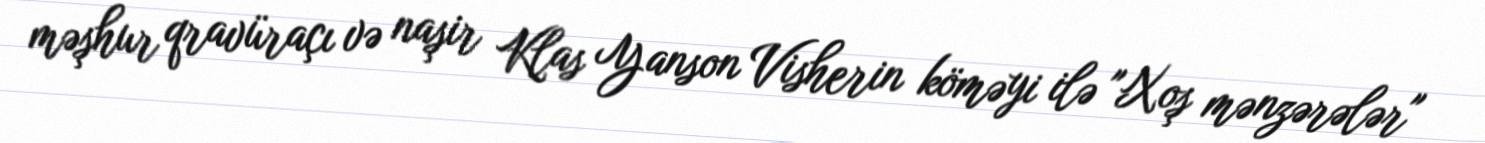
məşhur qravüraçı və naşir Klas Yanson Visherin köməyi ilə "Xoş mənzərələr"